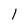
Character: 1